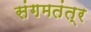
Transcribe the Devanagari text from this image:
संगमतंत्र